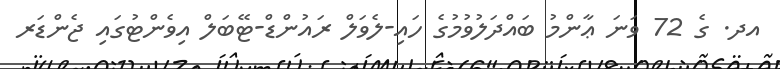
އދ. ގެ 72 ވަނަ ޢާންމު ބައްދަލުވުމުގެ ހައި-ލެވަލް ރައުންޑް-ޓޭބަލް އިވެންޓުގައި ޖެންޑަރ